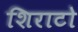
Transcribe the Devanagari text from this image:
शिराटो